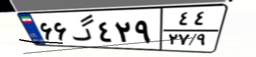
۶۶گ۴۲۹۴۴